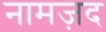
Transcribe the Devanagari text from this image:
नामज़द